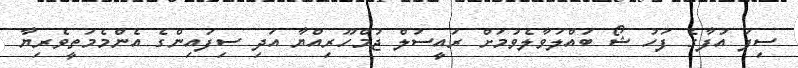
ސިފަ އުފާގެ ފަހު ޝޯ ބައްލަވާލެވުމަށް ރައީސުލް ޖުމްހޫރިއްޔާ އަދި ސިފައިންގެ އެންމެމަތީވެރިޔާ